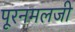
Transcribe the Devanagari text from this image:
पूरनमलजी